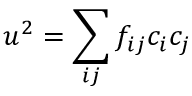
u ^ { 2 } = \sum _ { i j } f _ { i j } c _ { i } c _ { j }